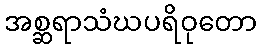
အစ္ဆရာသံဃပရိဝုတော